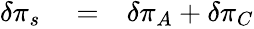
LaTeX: \begin{array}{rlr}{\delta\pi_{s}}&{{}=}&{\delta\pi_{A}+\delta\pi_{C}}\end{array}